Vaccine operations Central Provinces 1868-1885 - 1868-1885
Year: 1868
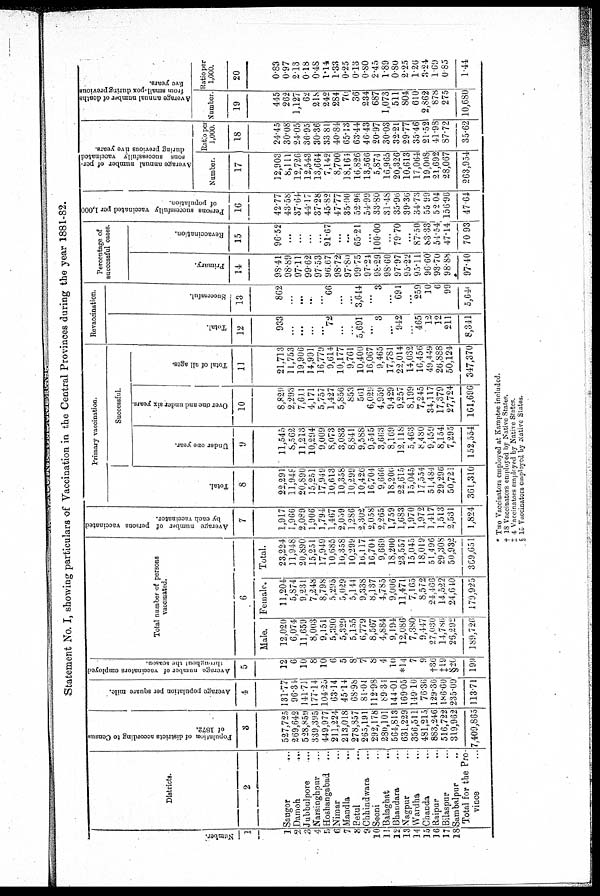
A.—VACCINE DEPARTMENT.
Statement No. I, showing particulars of Vaccination in the Central Provinces during the year 1881-82.
Number.
1
1
2
3
4
5
6
7
8
9
10
11
12
13
14
15
16
17
18
Districts.
2
Saugor ...
Damoh
...
Jubbulpore ...
Narsinghpur ...
Hoshangabad ...
Nimar ...
Mandla
...
Betul ...
Chhindwara ...
Seoni ...
Balaghat ...
Bhandara ...
Nagpur ...
Wardha ...
Chanda ...
Raipur
...
Bilaspur ...
Sambalpur
...
Total for the Pro-
vince ...
Population of districts according to Census
of 1872.
3
527,725
269,642
528,859
339,395
449,977
211,224
213,018
278,857
265,191
292,178
280,101
564,813
631,229
356,511
481,215
883,246
516,722
319,962
7,409,865
Average population per square mile.
4
131.77
96.34
141.71
177.14
104.25
63.14
45.14
68.98
81.04
112.98
89.34
144.01
169.05
149.10
76.36
129.36
186.60
235.09
113.71
Average number of vaccinators employed
throughout the season.
5
12
6
10
8
10
6
5
8
7
8
4
10
*14
7
9
†36
‡19
§20
199
Total number of persons
vaccinated.
6
Male.
12,020
6,074
11,659
8,003
9,151
5,390
5,329
5,155
6,779
8,567
4,884
9,194
12,086
7,880
9,447
27,030
14,786
26,290
189,726
Female.
11,204
5,874
9,231
7,248
8,798
5,295
5,029
5,144
9,338
8,137
4,785
9,006
11,471
7,165
8,572
24,466
14,522
24,640
179,925
Total.
23,224
11,948
20,890
15,251
17,949
10,685
10,358
10,299
16,117
16,704
9,669
18,200
23,557
15,045
18,019
51,496
29,308
50,932
369,651
Average number of persons vaccinated
by each vaccinator.
7
1,917
1,966
2,089
1,906
1,794
1,467
2,059
1,286
2,302
2,058
2,265
1,759
1,683
1,970
1,972
1,417
1,513
2,531
1,824
Primary vaccination.
Total.
8
22,291
11,948
20,890
15,251
17,949
10,613
10,358
10,299
10,426
16,704
9,666
18,206
22,615
15,045
17,554
51,484
29,296
50,721
361,310
Successful.
Under one year.
9
11,545
8,562
11,213
10,294
9,009
8,073
3,083
8,841
9,588
9,545
3,663
8,169
12,118
5,463
8,480
9,459
8,154
7,295
152,554
Over one and under six years
10
8,829
2,293
7,611
4,171
5,757
1,427
5,856
853
561
6,029
4,959
9,429
9,257
8,199
7,245
34,117
17,379
27,724
161,696
Total of all ages.
11
21.713
11,753
19,906
14,991
16,779
9,614
10,177
9,761
10,400
16,067
9,465
17,781
22,014
14,032
16,456
49,449
26,888
50,124
347,370
Revaccination.
Tot al .
12
933
...
...
...
...
72
...
...
5,691
...
3
...
942
...
465
12
12
211
8,341
Succes s f
ul .
13
862
...
...
...
...
66
...
...
3,644
...
3
...
691
...
259
10
6
99
5,640
Percentage of
successful cases.
Primary.
14
98.41
98.89
97.11
99.62
97.53
96.67
98.72
97.80
99.75
97.24
98.29
98.60
97.97
95.22
95.11
90.60
93.70
98.88
97.40
Revaccination.
15
96.52
...
...
...
...
91.67
...
...
65.21
...
100.00
...
79.70
...
87.50
83.33
54.54
47.14
70.93
Person successfully vaccinated per 1,000
of population.
16
42.77
43.58
37.64
44.17
37.28
45.82
47.77
35.00
52.96
54.99
33.80
31.48
35.96
39.36
34.73
55.99
52.04
156.96
47.64
Average annual number of per-
sons successfully vaccinated
during previous five years.
Number.
17
12,903
8,111
12,726
12,543
13,664
7,142
8,700
18,164
16,826
13,566
5,874
16,965
20,326
10,613
17,064
19,008
21,692
28,067
263,954
Ratio per
1,000.
18
24.45
30.08
24.05
36.95
30.36
33.81
40.84
65.13
63.44
46.43
20.97
30.03
32.21
29.77
35.46
21.52
41.98
87.72
35.62
Average annual number of deaths
from small-pox during previous
five years.
Number.
19
445
262
1,127
62
218
242
284
70
36
234
687
1,073
511
804
610
2,862
878
275
10,680
Ratio per
1,000.
20
0.83
0.97
2.13
0.18
0.48
1.14
1.33
0.25
0.13
0.80
2.45
1.89
0.80
2.25
1.26
3.24
1.69
0.85
1.44
* Two Vaccinators employed at Kamptee included.
† 18 Vaccinators employed by Native States.
‡ 4 Vaccinators employed by Native States.
§ 15 Vaccinators employed by Native States.